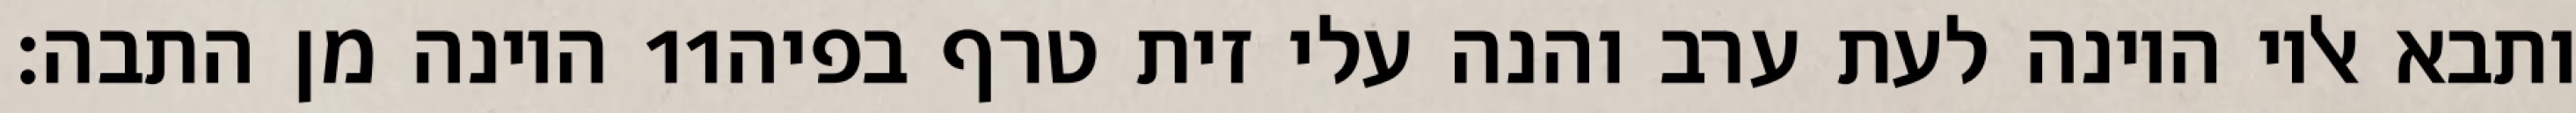
היונה מן התבה׃ ‎11‏ ותבא אליו היונה לעת ערב והנה עלי זית טרף בפיה